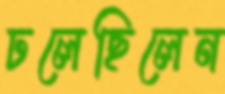
ঢলেছিলেন